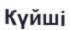
Күйші